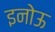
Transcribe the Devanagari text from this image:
इनोऊ